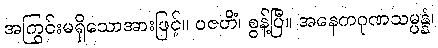
အကြွင်းမရှိသောအားဖြင့်။ ပဇဟိံ၊ စွန့်ပြီ။ အနေကဂုဏသမ္ပန္နံ၊